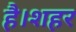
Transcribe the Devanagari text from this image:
है।शहर